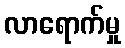
လာရောက်မှု